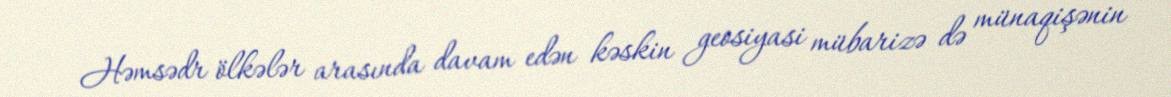
Həmsədr ölkələr arasında davam edən kəskin geosiyasi mübarizə də münaqişənin